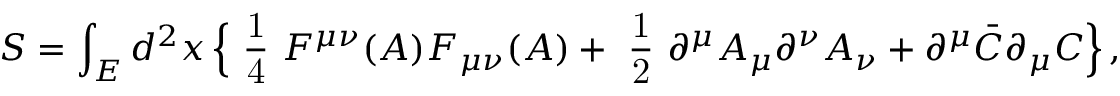
S = \int _ { E } d ^ { 2 } x \, \Bigr \{ \mathrm { ~ \frac { 1 } { 4 } ~ } F ^ { \mu \nu } ( A ) F _ { \mu \nu } ( A ) + \mathrm { ~ \frac { 1 } { 2 } ~ } \partial ^ { \mu } A _ { \mu } \partial ^ { \nu } A _ { \nu } + \partial ^ { \mu } \bar { C } \partial _ { \mu } C \Bigr \} \, ,